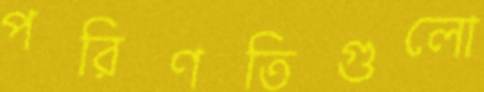
পরিণতিগুলো